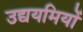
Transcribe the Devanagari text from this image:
उद्ययमियों